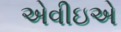
એવીઇએ